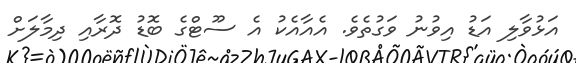
އަޅުވާލި އަޑު އިވުނު ވަގުތެވެ. އެއާއެކު އެ ސޫޓްގެ ބޮޑު ދޮރާއި ދިމާލަށް